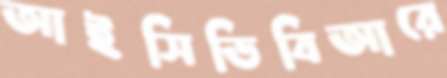
আইসিডিবিআরে